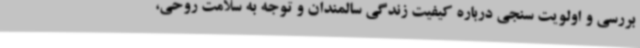
بررسی و اولویت سنجی درباره کیفیت زندگی سالمندان و توجه به سلامت روحی،